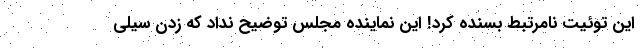
این توئیت نامرتبط بسنده کرد! این نماینده مجلس توضیح نداد که زدن سیلی